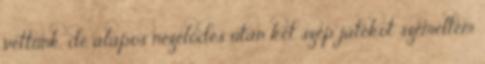
vettünk, de alapos nézelődés után két szép játékot szemeltem